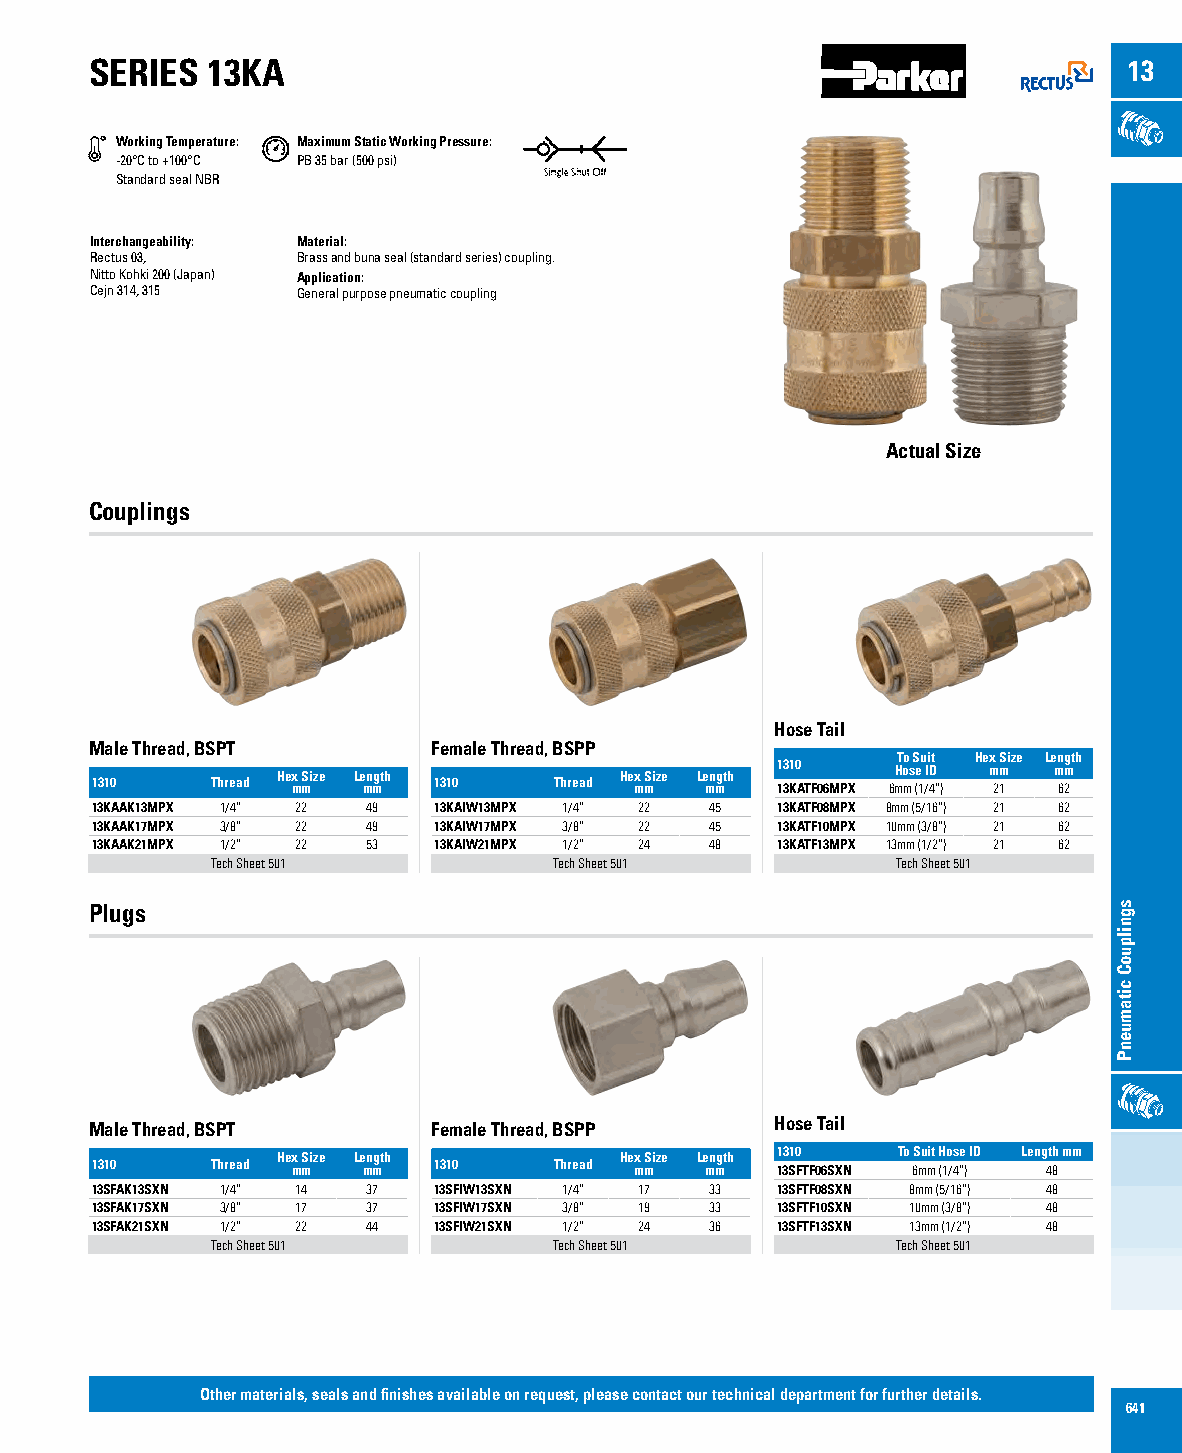
SERIES  13KA                                                         13
 Working Temperature: Maximum Static Working Pressure:
 -20°C to +100°C PB 35 bar (500 psi)
 Standard seal NBR
 Interchangeability: Material:
 Rectus 03,    Brass and buna seal (standard series) coupling.
 Nitto Kohki 200 (Japan) Application:
 Cejn 314, 315 General purpose pneumatic coupling
 Actual Size
 Couplings
 Hose Tail
 Male Thread, BSPT      Female Thread, BSPP
 To Suit Hex Size Length
 Hex Size Length        Hex Size Length 1310 Hose ID mm mm
 1310    Thread mm mm   1310    Thread mm mm  13KATF06MPX 6mm (1/4”) 21 62
 13KAAK13MPX 1/4” 22 49 13KAIW13MPX 1/4” 22 45 13KATF08MPX 8mm (5/16”) 21 62
 13KAAK17MPX 3/8” 22 49 13KAIW17MPX 3/8” 22 45 13KATF10MPX 10mm (3/8”) 21 62
 13KAAK21MPX 1/2” 22 53 13KAIW21MPX 1/2” 24 48 13KATF13MPX 13mm (1/2”) 21 62
 Tech Sheet 501         Tech Sheet 501        Tech Sheet 501
 Plugs
 Male Thread, BSPT      Female Thread, BSPP   Hose Tail
 Hex Size Length        Hex Size Length 1310 To Suit Hose ID Length mm
 1310    Thread mm mm   1310    Thread mm mm  13SFTF06SXN 6mm (1/4”) 48
 13SFAK13SXN 1/4” 14 37 13SFIW13SXN 1/4” 17 33 13SFTF08SXN 8mm (5/16”) 48
 13SFAK17SXN 3/8” 17 37 13SFIW17SXN 3/8” 19 33 13SFTF10SXN 10mm (3/8”) 48
 13SFAK21SXN 1/2” 22 44 13SFIW21SXN 1/2” 24 36 13SFTF13SXN 13mm (1/2”) 48
 Tech Sheet 501         Tech Sheet 501        Tech Sheet 501
 Other materials, seals and finishes available on request, please contact our technical department for further details.
 641
 sgnilpuoC
 citamuenP